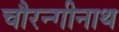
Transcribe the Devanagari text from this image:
चौरन्गीनाथ